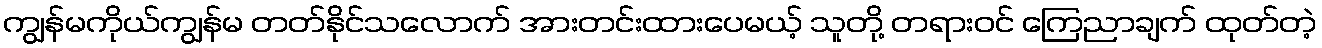
ကျွန်မကိုယ်ကျွန်မ တတ်နိုင်သလောက် အားတင်းထားပေမယ့် သူတို့ တရားဝင် ကြေညာချက် ထုတ်တဲ့